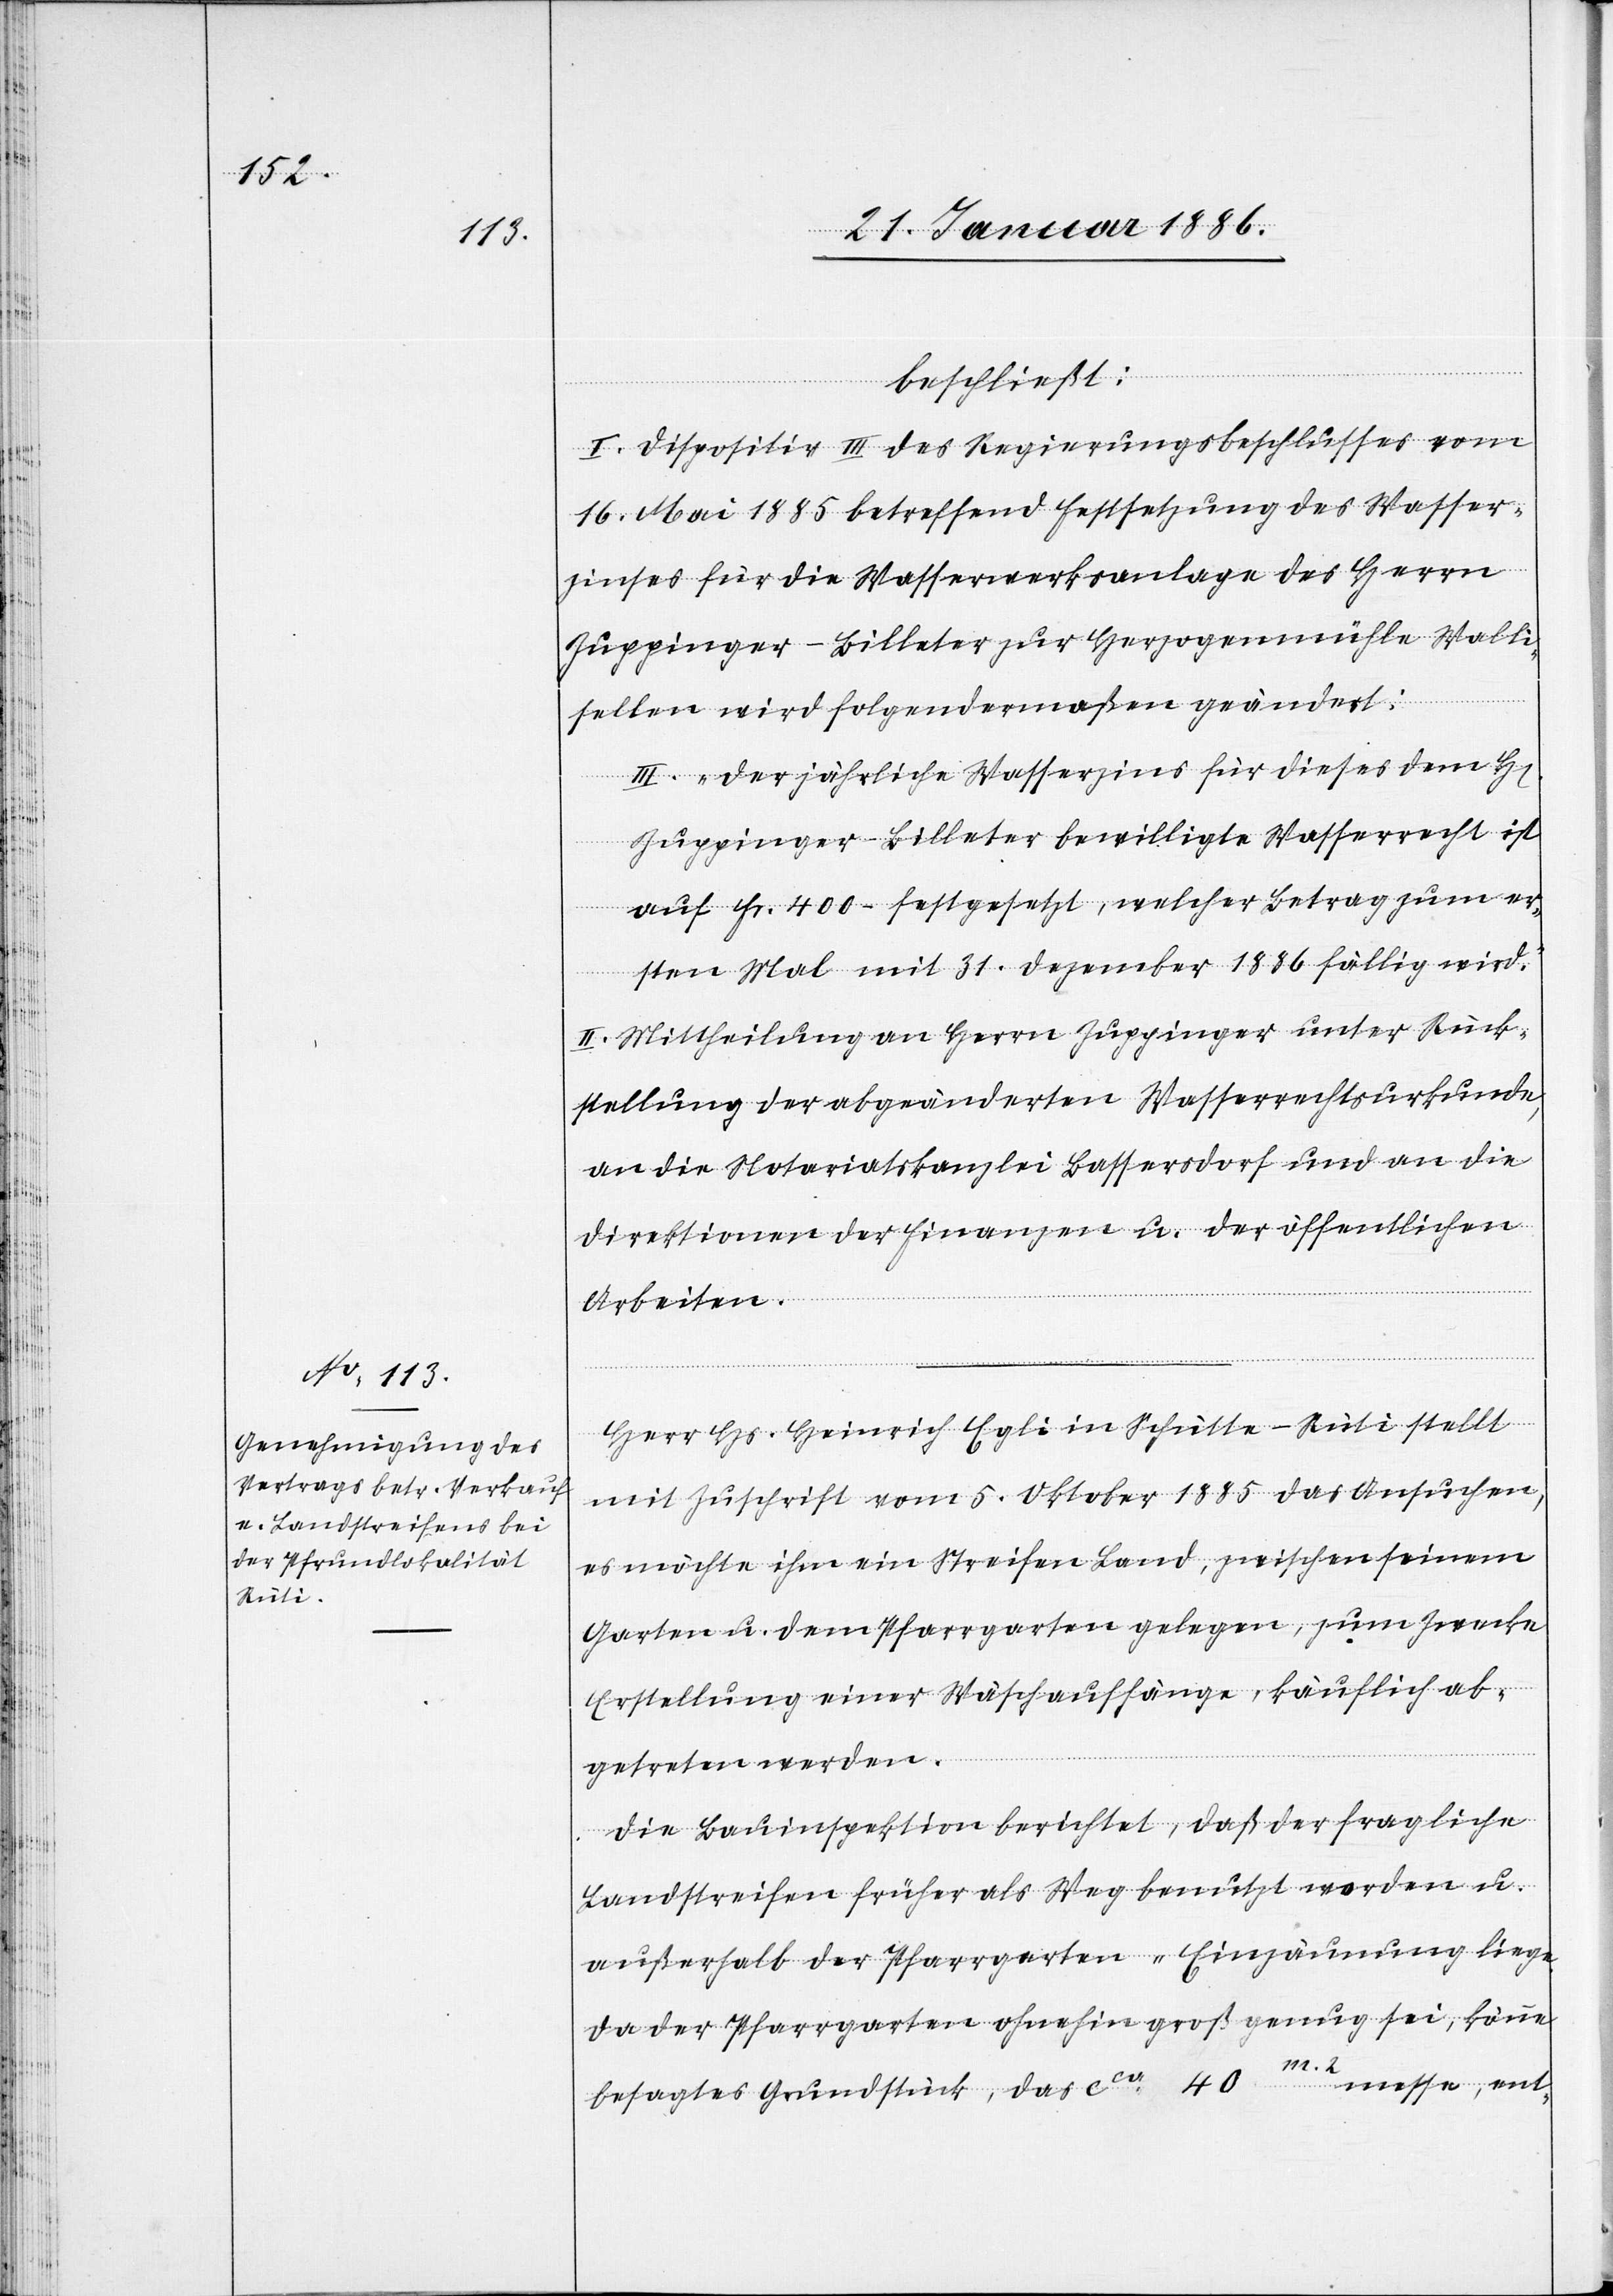
beschließt:
I. Dispositiv III des Regierungsbeschlusses vom
16. Mai 1885 betreffend Festsetzung des Wasser¬
zinses für die Wasserwerksanlage des Herrn
Zuppinger-Billeter zur Herzogenmühle Walli¬
sellen wird folgendermaßen geändert:
III. „Der jährliche Wasserzins für dieses dem H[errn]
Zuppinger-Billeter bewilligte Wasserrecht ist
auf Fr. 400. festgesetzt, welcher Betrag zum er¬
sten Mal mit 31. Dezember 1886 fällig wird.“
II. Mittheilung an Herrn Zuppinger unter Rück¬
stellung der abgeänderten Wasserrechtsurkunde,
an die Notariatskanzlei Bassersdorf und an die
Direktion der Finanzen u. der öffentlichen
Arbeiten.
Herr Hs. Heinrich Egli in Schütte - Rüti stellt
mit Zuschrift vom 5. Oktober 1885 das Ansuchen,
es möchte ihm ein Streifen Land, zwischen seinem
Garten u. dem Pfarrgarten gelegen, zum Zwecke
Erstellung einer Wäschaufhänge, käuflich ab¬
getreten werden.
Die Bauinspektion berichtet, daß der fragliche
Landstreifen früher als Weg benutzt worden u.
außerhalb der Pfarrgarten-Einzäunung liege.
Da der Pfarrgarten ohnehin groß genug sei, könne
besagtes Grundstück, das cca 40 m2 messe, ent-